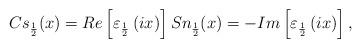
LaTeX: \begin{align*}Cs_{\frac{1}{2}}(x) = Re\left[\varepsilon_{\frac{1}{2}}\left(ix\right)\right] Sn_{\frac{1}{2}}(x) = -Im\left[\varepsilon_{\frac{1}{2}}\left(ix\right)\right],\end{align*}